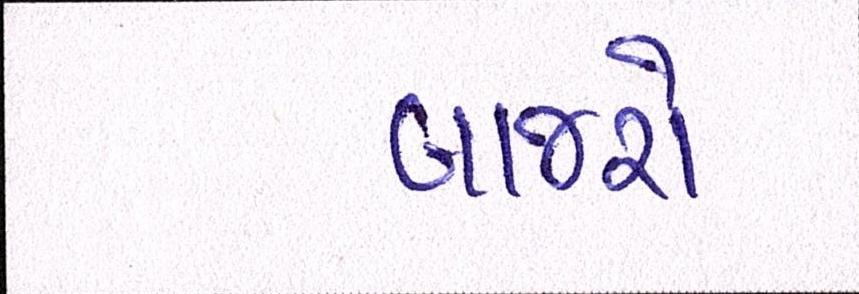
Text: બાજરો